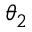
\theta _ { 2 }